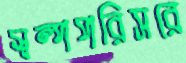
স্বল্পপরিসরে